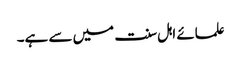
علمائے اہل سنت میں سے ہے۔